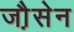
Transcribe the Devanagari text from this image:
जौ़सेन